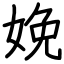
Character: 娩